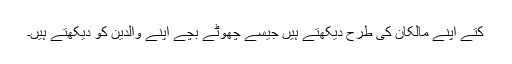
کتے اپنے مالکان کی طرح دیکھتے ہیں جیسے چھوٹے بچے اپنے والدین کو دیکھتے ہیں۔